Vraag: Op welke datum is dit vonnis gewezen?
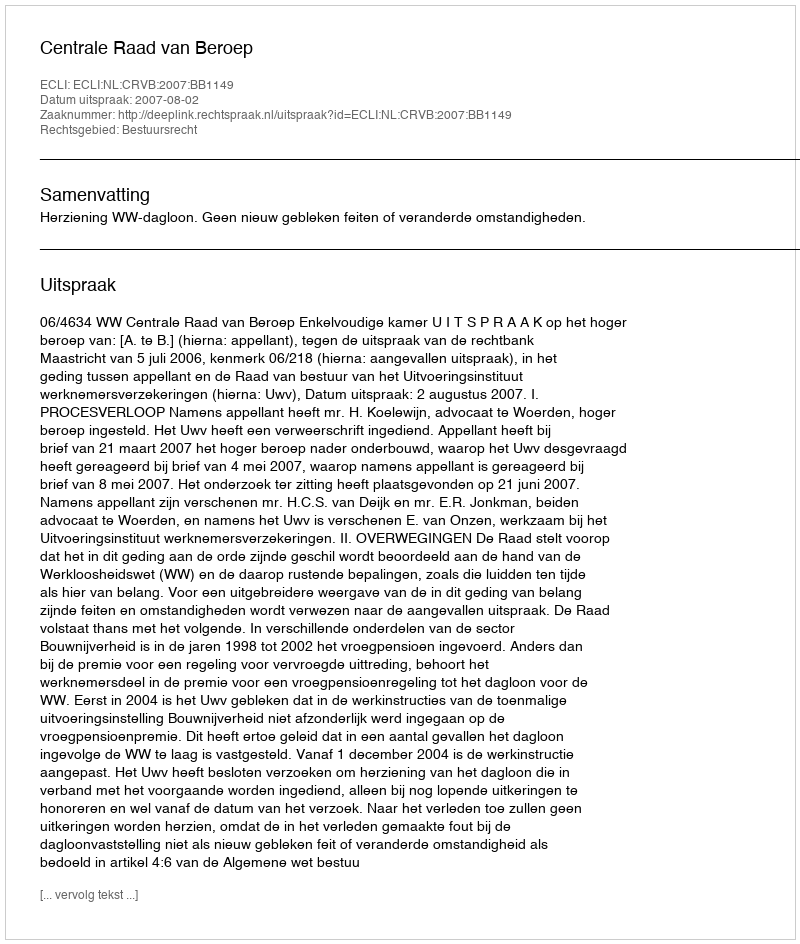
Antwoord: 2007-08-02